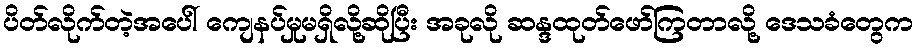
ပိတ်လိုက်တဲ့အပေါ် ကျေနပ်မှုမရှိလို့ဆိုပြီး အခုလို ဆန္ဒထုတ်ဖော်ကြတာလို့ ဒေသခံတွေက